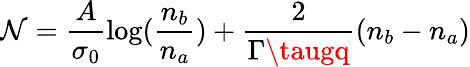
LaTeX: \mathcal{N}=\frac{{A}}{{\sigma_{0}}}\textrm{{log}}(\frac{{n_{b}}}{{n_{a}}})+\frac{{2}}{{\Gamma\taugq}}(n_{b}-n_{a})